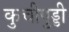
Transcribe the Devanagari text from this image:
कुचीपुड्डी